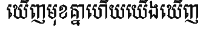
ឃើញមុខគ្នាហើយយើងឃើញ